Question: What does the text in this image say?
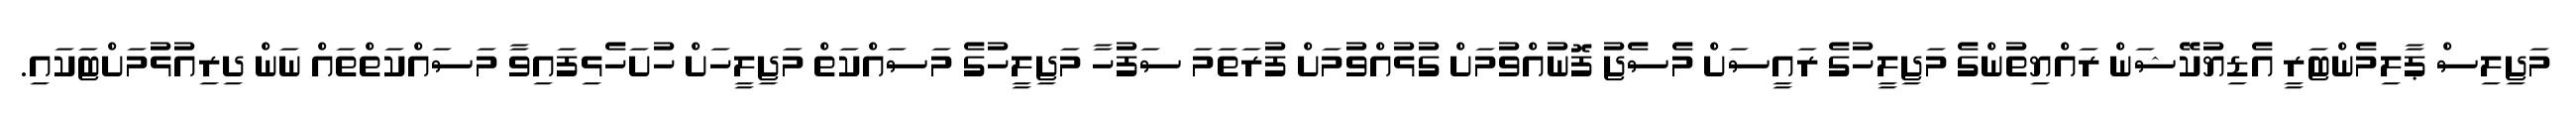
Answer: މަޖިލިސް ޕާލިމެންޓަރީ އެޑިޔުކޭޝަން ރައްޔިތުންގެ މަޖިލީހުގެ ރައީސަށް މެސެޖު ފޮނުއްވުމަށް ގުޅުއްވުމަށް ފުރަތަމަ ސަފުހާ މަޖިލީހުގެ މަސައްކަތް މަޖިލީހަށް ހުށަހެޅިފައިވާ މަސައްކަތްތައް ނަން ދިރިއުޅުމަށްޓަކައި.